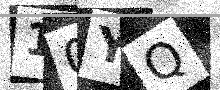
Text: 10YQ